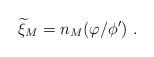
\begin{align*} {\widetilde \xi}_M=n_M (\varphi/\phi^\prime)~.\end{align*}